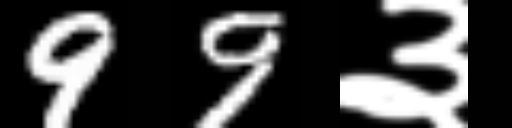
Text: 99३